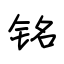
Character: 铭